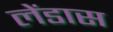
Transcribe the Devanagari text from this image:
लेंडास